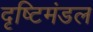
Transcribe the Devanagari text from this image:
दृष्टिमंडल